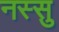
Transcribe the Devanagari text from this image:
नस्सु